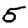
Digit: 5